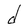
Character: d